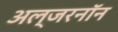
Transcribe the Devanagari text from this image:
अल्जरनॉन